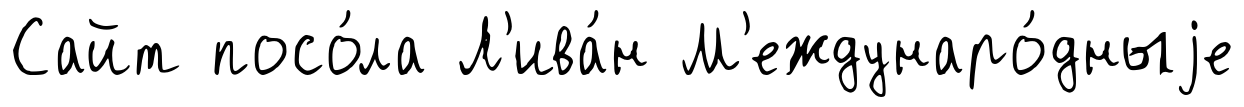
Сайт посо́ла Л'ива́н М'еждунаро́дныjе